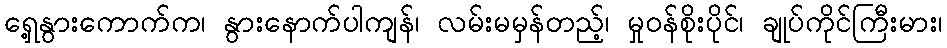
ရှေ့နွားကောက်က၊ နွားနောက်ပါကျန်၊ လမ်းမမှန်တည့်၊ မှုဝန်စိုးပိုင်၊ ချုပ်ကိုင်ကြီးမား၊